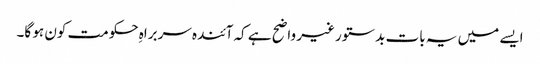
ایسے میں یہ بات بدستور غیر واضح ہے کہ آئندہ سربراہِ حکومت کون ہو گا۔